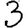
Digit: 3